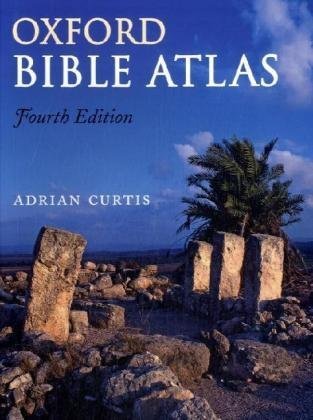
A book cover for Oxford Bible Atlas; Adrian Curtis; History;